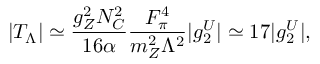
\left| T _ { \Lambda } \right| \simeq { \frac { g _ { Z } ^ { 2 } N _ { C } ^ { 2 } } { 1 6 \alpha } } { \frac { F _ { \pi } ^ { 4 } } { m _ { Z } ^ { 2 } \Lambda ^ { 2 } } } | g _ { 2 } ^ { U } | \simeq 1 7 | g _ { 2 } ^ { U } | ,